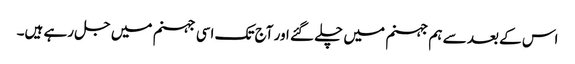
اس کے بعد سے ہم جہنم میں چلے گئے اور آج تک اسی جہنم میں جل رہے ہیں۔